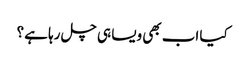
کیا اب بھی ویسا ہی چل رہا ہے ؟